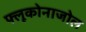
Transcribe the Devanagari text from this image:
फ्लूकोनाजोल